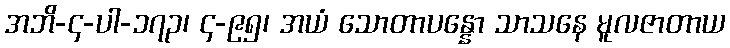
အဘိ-၄-ပါ-၁၇၃၊ ၄-၉၅၊ အယံ သောတာပန္နော သာသနေ မူလဇာတာယ